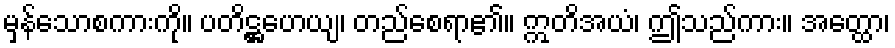
မှန်သောစကားကို။ ပတိဋ္ဌဟေယျ၊ တည်စေရာ၏။ ဣတိအယံ၊ ဤသည်ကား။ အတ္ထော၊